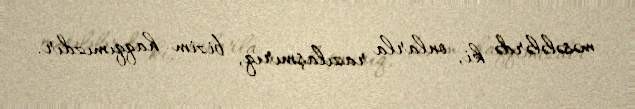
məsələlərdə ki, onlarla razılaşmırıq, bizim haqqımızdır.